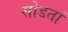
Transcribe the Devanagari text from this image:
सोडतां